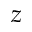
z